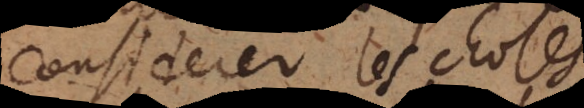
considerer les choses,